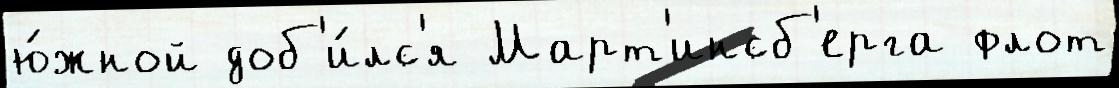
ю́жной доб'и́лс'я Март'инсб'ерга флот